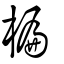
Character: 楄